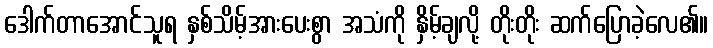
ဒေါက်တာအောင်သူရ နှစ်သိမ့်အားပေးစွာ အသံကို နှိမ့်ချလို့ တိုးတိုး ဆက်ပြောခဲ့လေ၏။